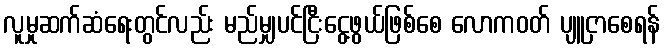
လူမှုဆက်ဆံရေးတွင်လည်း မည်မျှပင်ငြီးငွေ့ဖွယ်ဖြစ်စေ လောကဝတ် ပျူငှာစေရန်